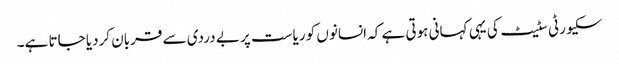
سکیورٹی سٹیٹ کی یہی کہانی ہوتی ہے کہ انسانوں کو ریاست پر بے دردی سے قربان کردیا جاتا ہے۔